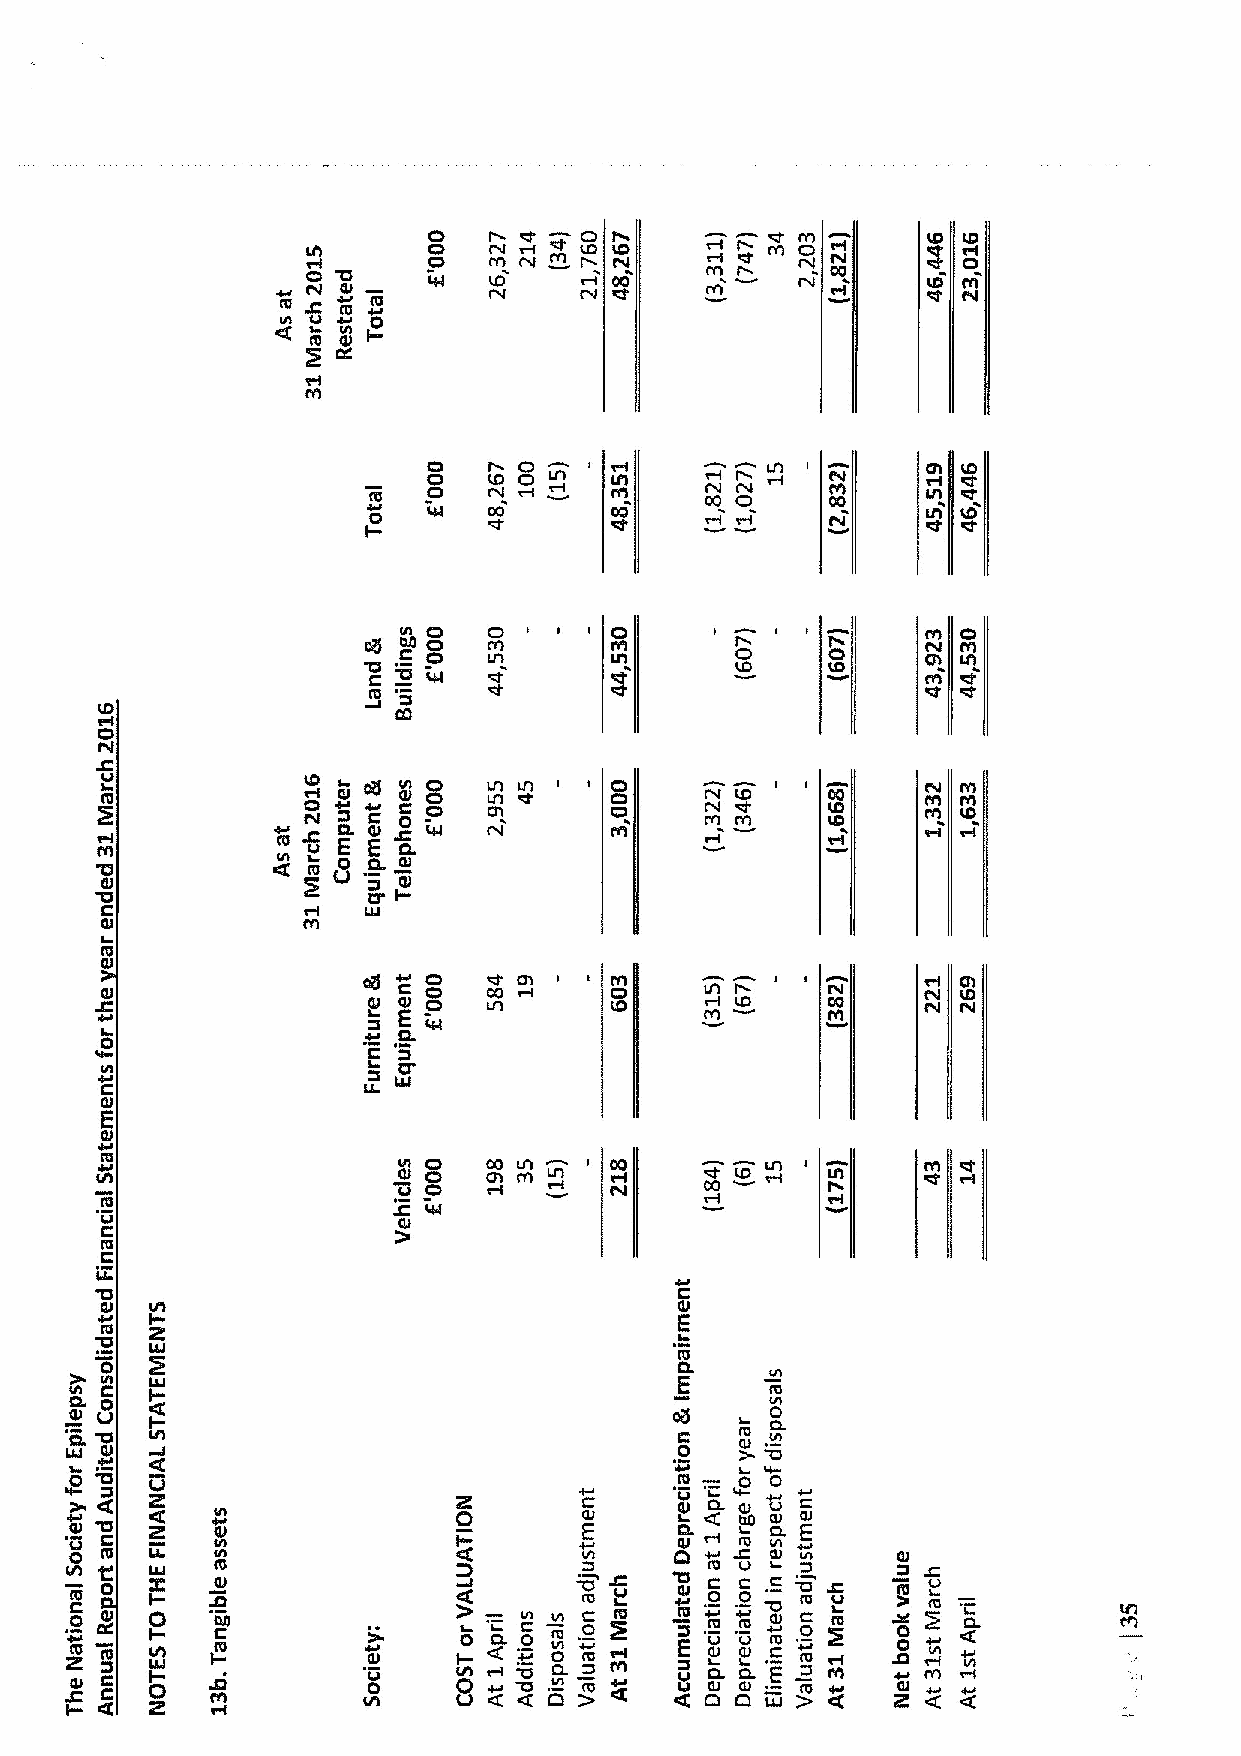
LII     t Ce I N W NO' + LC DI I Ne ~NmOt/I CLO
 I
 CC Q QU l LLI IO  N  CO    I tY /Il I N     t/I
 m
 N U PJ
 I/I
 IO IU
 t/I
 C QQI LO C QQC I/I N P N Ltt
 CI                   Q
 CO
 CO
 g           CI                      te
 CUll
 Cl
 0 L/ tI
 t                      LIL
 0
 ID
 OQ
 CI
 IJ
 L            te~~  N Cl  I/I I/I CI     N
 C 0C    I O/I l Q CQ I N LO
 UL QI
 m   E
 '0          N L m. 0 0 QI
 QI                 Ql
 C
 LU
 Ql
 IU
 QI
 Ql
 C Og
 QII m
 I0
 C
 L
 L                  LLI
 Qt
 E
 I/I                 QI I tD e C OO I I r// II 'O
 U O
 IU
 LI
 C                  QI
 ILU
 IZ
 0                                     L
 Ql                                    QI
 '0IO
 RI                                 E
 0                                     IO
 0&
 E
 IO
 IC                                       0
 Ql                                      05
 '0  I                                        CL
 IO
 EL                                      0   Ql '0
 QI
 0 '0                                        0 tt0
 LI
 R                   R                      L
 '0      N               G        Ql    F   Ql U Ql
 'UQI C R  Ql              I        E     Ql  IU K I/I E
 IU     m               D                  IJ Ql     LU
 I CU 0 I- Ql                      IO    QI C 0 0 L IO IJ m I mJ
 I0
 -
 Cm C
 C
 Q I L I R/ -I JI0 C U0 I00 /I CL N C 0 '0N Vn1WO0 ICUS2 t Q/I
 l:
 mI IO J .'CLA IJl Ot t Q~t Jl I LQ I C E LOI
 I
 C 0 IO CIU
 C
 J K0 e N Zl